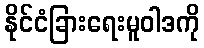
နိုင်ငံခြားရေးမူဝါဒကို